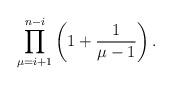
LaTeX: \begin{align*} \prod_{\mu=i+1}^{n-i} \left( 1 + \frac{1}{\mu - 1} \right). \end{align*}